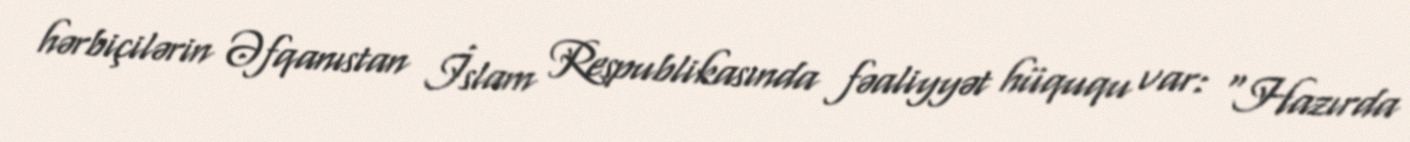
hərbiçilərin Əfqanıstan İslam Respublikasında fəaliyyət hüququ var: “Hazırda